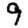
Digit: 9